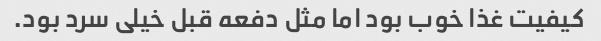
کیفیت غذا خوب بود اما مثل دفعه قبل خیلی سرد بود.